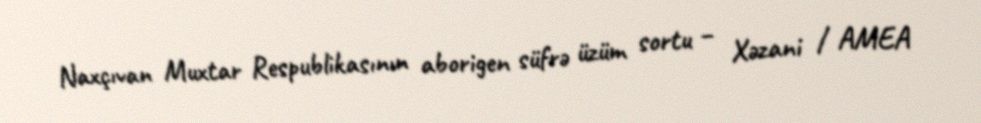
Naxçıvan Muxtar Respublikasının aborigen süfrə üzüm sortu – Xəzani / AMEA